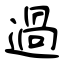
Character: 過